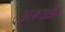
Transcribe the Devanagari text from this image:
अरूज्जे